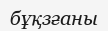
бұқзғаны